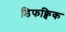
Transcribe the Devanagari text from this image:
डिफक्विक